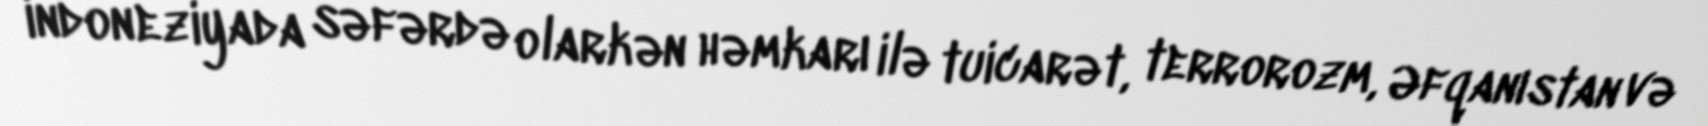
indoneziyada səfərdə olarkən həmkarı ilə tuicarət, terrorozm, Əfqanıstan və